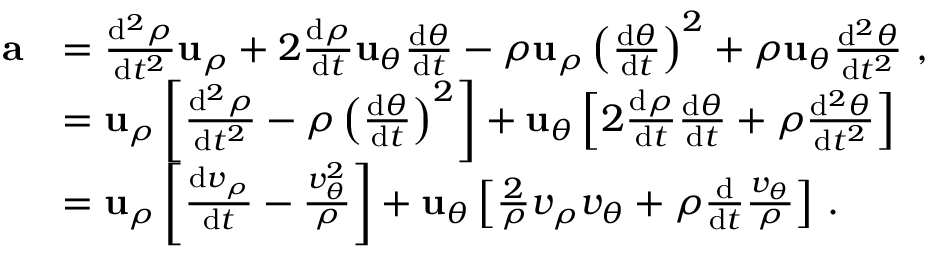
{ \begin{array} { r l } { \mathbf { a } } & { = { \frac { \mathrm { d } ^ { 2 } \rho } { \mathrm { d } t ^ { 2 } } } \mathbf { u } _ { \rho } + 2 { \frac { \mathrm { d } \rho } { \mathrm { d } t } } \mathbf { u } _ { \theta } { \frac { \mathrm { d } \theta } { \mathrm { d } t } } - \rho \mathbf { u } _ { \rho } \left( { \frac { \mathrm { d } \theta } { \mathrm { d } t } } \right) ^ { 2 } + \rho \mathbf { u } _ { \theta } { \frac { \mathrm { d } ^ { 2 } \theta } { \mathrm { d } t ^ { 2 } } } \ , } \\ & { = \mathbf { u } _ { \rho } \left[ { \frac { \mathrm { d } ^ { 2 } \rho } { \mathrm { d } t ^ { 2 } } } - \rho \left( { \frac { \mathrm { d } \theta } { \mathrm { d } t } } \right) ^ { 2 } \right] + \mathbf { u } _ { \theta } \left[ 2 { \frac { \mathrm { d } \rho } { \mathrm { d } t } } { \frac { \mathrm { d } \theta } { \mathrm { d } t } } + \rho { \frac { \mathrm { d } ^ { 2 } \theta } { \mathrm { d } t ^ { 2 } } } \right] } \\ & { = \mathbf { u } _ { \rho } \left[ { \frac { \mathrm { d } v _ { \rho } } { \mathrm { d } t } } - { \frac { v _ { \theta } ^ { 2 } } { \rho } } \right] + \mathbf { u } _ { \theta } \left[ { \frac { 2 } { \rho } } v _ { \rho } v _ { \theta } + \rho { \frac { \mathrm { d } } { \mathrm { d } t } } { \frac { v _ { \theta } } { \rho } } \right] \, . } \end{array} }